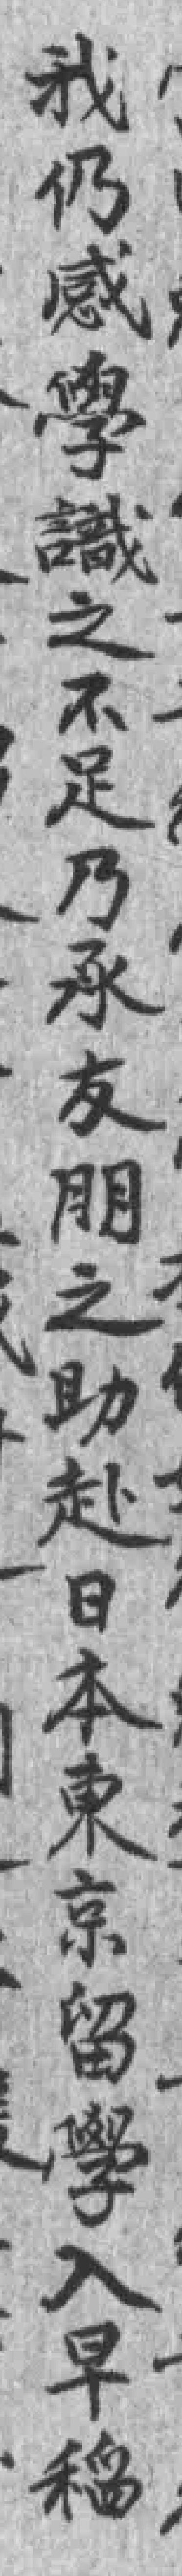
我仍感學識之不足乃承友朋之助赴日本東京留學入早稻